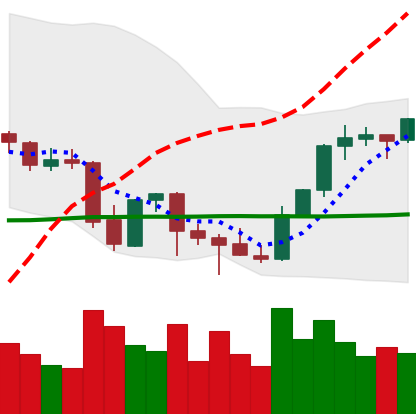
Ticker: BNB-USD
Chart end date: 2021-10-05
Forward return: -8.502%
Label: down_7plus